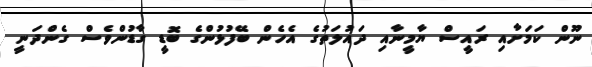
ނޫން ކަމަށާއި ރައީސް ޔާމީނާއި ދައުލަތުގެ އެހެން ބޭފުޅުންގެ ބޮޑީ ގާޑުންވެސް ގެންދަނީ